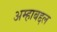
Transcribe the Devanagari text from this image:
अम्हाबद्दल